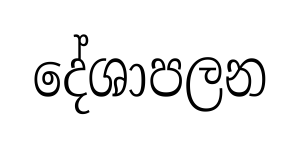
දේශාපලන